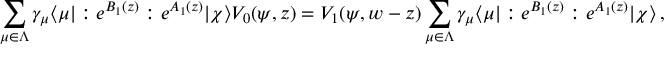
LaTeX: \sum _ { \mu \in \Lambda } \gamma _ { \mu } \langle \mu | : e ^ { B _ { 1 } ( z ) } : e ^ { A _ { 1 } ( z ) } | \chi \rangle V _ { 0 } ( \psi , z ) = V _ { 1 } ( \psi , w - z ) \sum _ { \mu \in \Lambda } \gamma _ { \mu } \langle \mu | : e ^ { B _ { 1 } ( z ) } : e ^ { A _ { 1 } ( z ) } | \chi \rangle \, ,